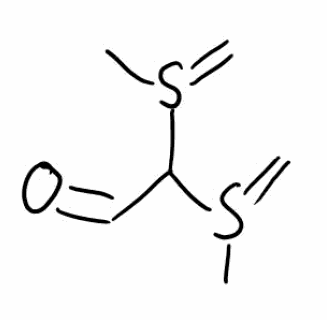
Simplified molecular-input line-entry system (SMILES) notation of the given molecule:
CS(=C)C(C=O)S(=C)C